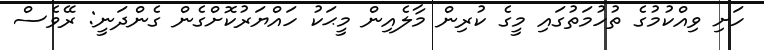
ހަށި ވިއްކުމުގެ ތުހުމަތުގައި މީގެ ކުރިން މާލެއިން މީޙަކު ހައްޔަރުކޮށްގެން ގެންދަނީ: ރޭވެސް